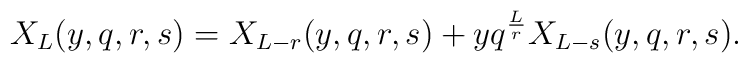
X_L(y,q,r,s)=X_{L-r}(y,q,r,s)+yq^{L\over r}X_{L-s}(y,q,r,s).